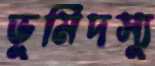
ভূমিদস্যু